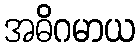
အဓိဂမာယ